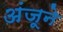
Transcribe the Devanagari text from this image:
अंजूने